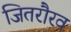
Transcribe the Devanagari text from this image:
जितरौरव